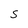
Character: S